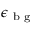
\epsilon _ { { \mathrm { ~ b ~ g ~ } } }